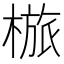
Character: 𣖺